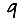
Digit: 9